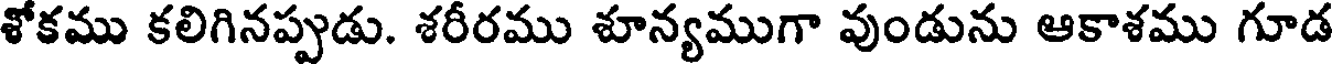
శోకము కలిగినప్పుడు. శరీరము శూన్యముగా వుండును ఆకాశము గూడ